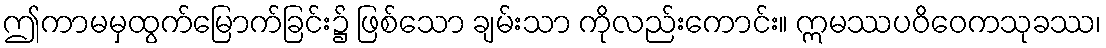
ဤကာမမှထွက်မြောက်ခြင်း၌ ဖြစ်သော ချမ်းသာ ကိုလည်းကောင်း။ ဣမဿပဝိဝေကသုခဿ၊